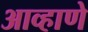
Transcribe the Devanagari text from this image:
आव्हाणे